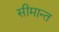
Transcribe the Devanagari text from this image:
सीमान्‍त